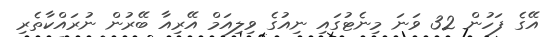
އޭގެ ފަހުން 32 ވަނަ މިނެޓުގައި ނިއުގެ ވިލިއަމް އޭރިއާ ބޭރުން ނުރައްކާތެރި